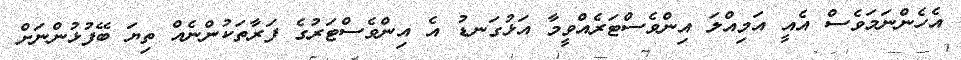
އެހެންނަމަވެސް އެއީ އަމިއްލަ އިންވެސްޓަރެއްވީމާ އަޅުގަނޑު އެ އިންވެސްޓަރުގެ ފަރާތަކުންނެއް ތިޔަ ބޭފުޅުންނަށް